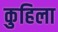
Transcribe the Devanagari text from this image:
कुहिला